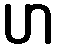
ဟ